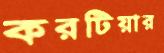
করটিয়ার